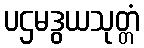
ပဌမဒွယသုတ္တံ